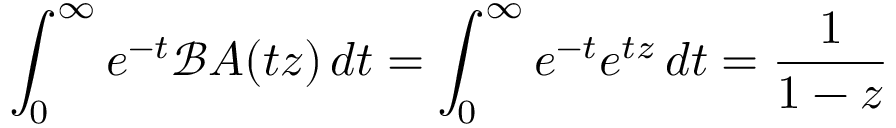
\int _ { 0 } ^ { \infty } e ^ { - t } \mathcal { B } A ( t z ) \, d t = \int _ { 0 } ^ { \infty } e ^ { - t } e ^ { t z } \, d t = \frac { 1 } { 1 - z }